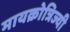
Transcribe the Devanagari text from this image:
मायक्रोत्रिज्यी